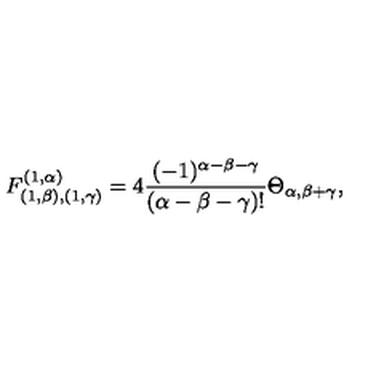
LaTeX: F _ { ( 1 , \beta ) , ( 1 , \gamma ) } ^ { ( 1 , \alpha ) } = 4 \frac { ( - 1 ) ^ { \alpha - \beta - \gamma } } { ( \alpha - \beta - \gamma ) ! } \Theta _ { \alpha , \beta + \gamma } ,